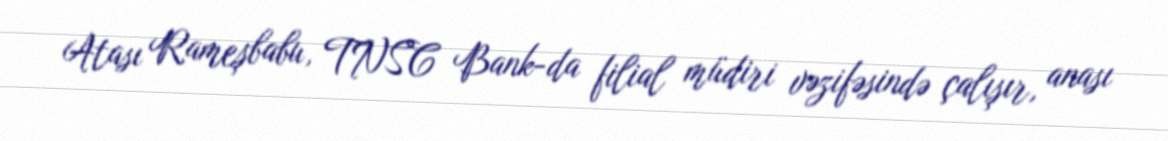
Atası Rameşbabu, TNSC Bank-da filial müdiri vəzifəsində çalışır, anası